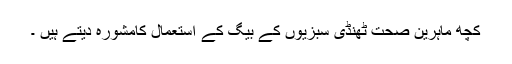
کچھ ماہرین صحت ٹھنڈی سبزیوں کے بیگ کے استعمال کامشورہ دیتے ہیں ۔